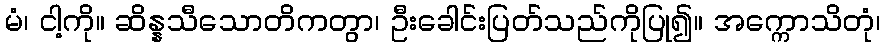
မံ၊ ငါ့ကို။ ဆိန္နသီသောတိကတွာ၊ ဦးခေါင်းပြတ်သည်ကိုပြု၍။ အက္ကောသိတုံ၊